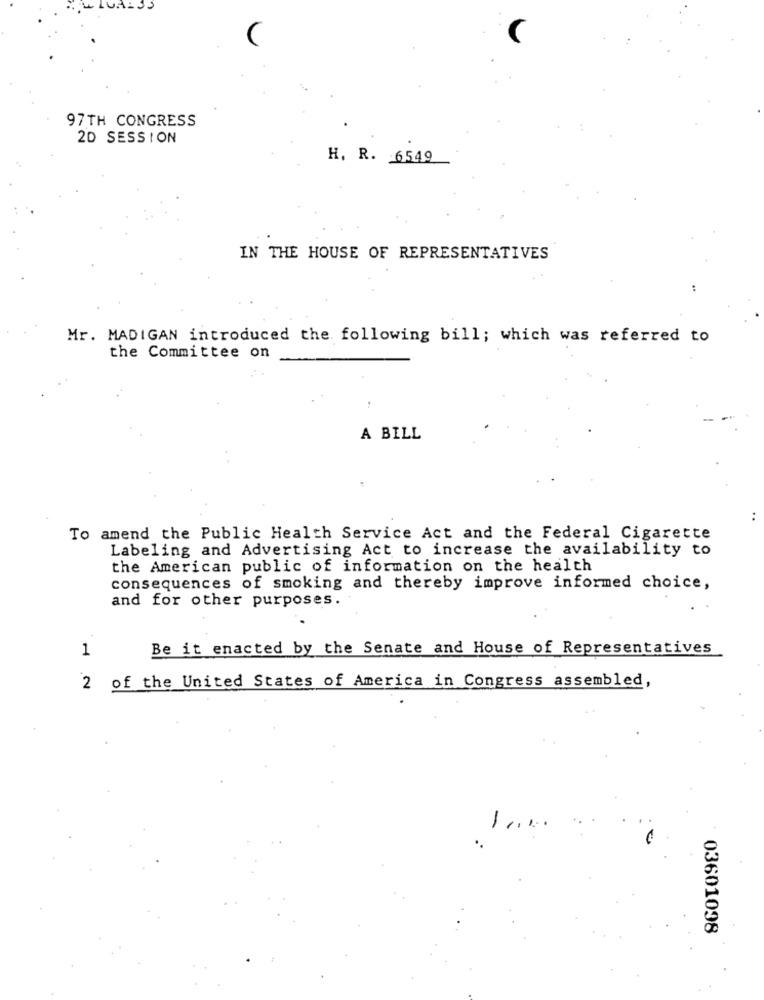
97TH CONGRESS
20 SESSION
H. R. 6549
IN THE HOUSE OF REPRESENTATIVES
Mr. MADIGAN introduced the following bill; which was referred to
the Committee on
A BILL
..
To amend the Public Health Service Act and the Federal Cigarette
Labeling and Advertising Act to increase the availability to
the American public of information on the health
consequences of smoking and thereby improve informed choice,
and for other purposes.
1
Be it enacted by the Senate and House of Representatives
of the United States of America in Congress assembled,
-
03601098